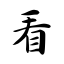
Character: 看